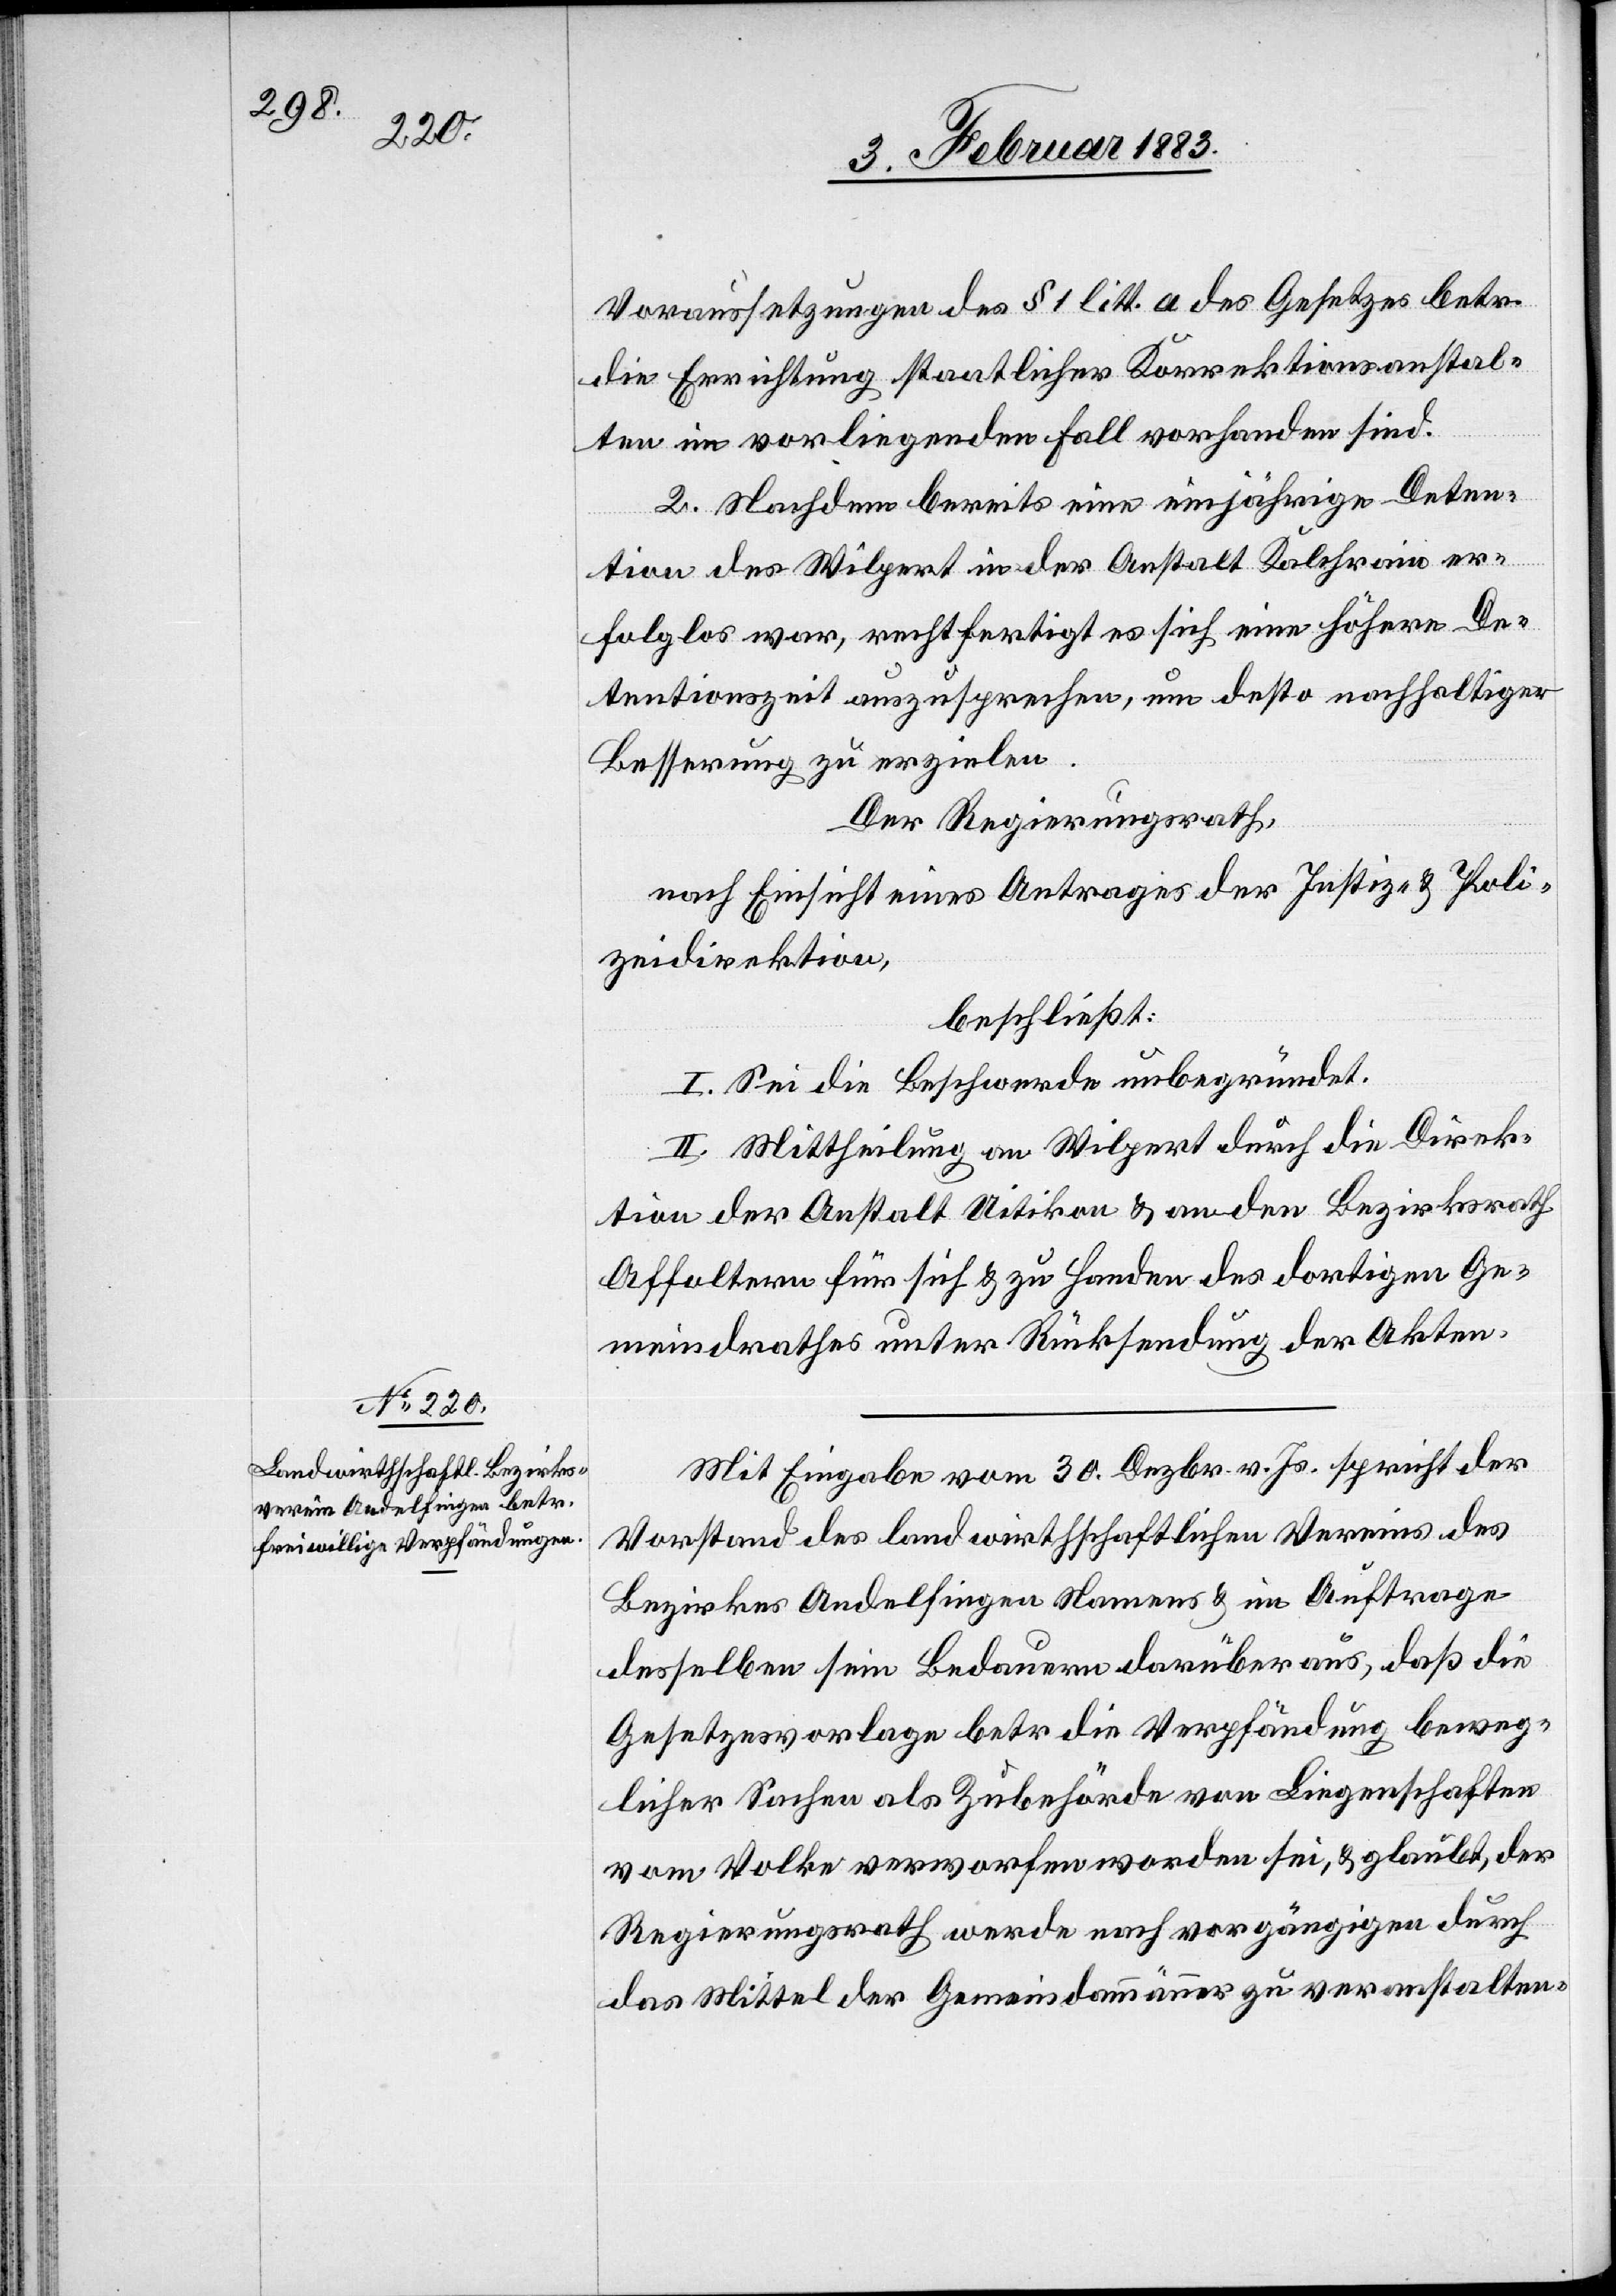
Voraussetzungen des § 1 litt. a des Gesetzes betr.
die Errichtung staatlicher Korrektionsanstal¬
ten im vorliegenden Fall vorhanden sind.
2. Nachdem bereits eine einjährige Deten¬
tion des Wilpert in der Anstalt Kalchrain er¬
folglos war, rechtfertigt es sich eine höhere De¬
tentionszeit auszusprechen, um desto nachhaltiger
Besserung zu erzielen.
Der Regierungsrath,
nach Einsicht eines Antrages der Justiz- & Poli¬
zeidirektion,
beschließt:
I. Sei die Beschwerde unbegründet.
II. Mittheilung an Wilpert durch die Direk¬
tion der Anstalt Uitikon & an den Bezirksrath
Affoltern für sich & zu Handen des dortigen Ge¬
meindrathes unter Rücksendung der Akten.
Mit Eingabe vom 30. Dezbr. v. Js. spricht der
Vorstand des landwirthschaftlichen Vereins des
Bezirkes Andelfingen Namens & im Auftrage
desselben sein Bedauern darüber aus, daß die
Gesetzesvorlage betr. die Verpfändung beweg¬
licher Sachen als Zubehörde von Liegenschaften
vom Volke verworfen worden sei, & glaubt, der
Regierungsrath werde nach vorgängigen durch
das Mittel der Gemeindammänner zu veranstalten-